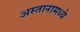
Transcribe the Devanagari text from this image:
अस्तानामध्ये